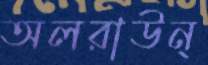
অলরাউন্